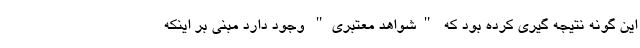
این گونه نتیجه گیری کرده بود که "شواهد معتبری" وجود دارد مبنی بر اینکه